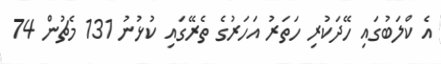
އެ ކްލަބުގައި ހޭދަކުރި ހަތަރު އަހަރުގެ ތެރޭގައި ކުޅުނު 131 މެޗުން 74